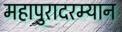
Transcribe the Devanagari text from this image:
महापुरादरम्यान